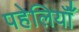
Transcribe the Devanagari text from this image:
पहेलियॉंँ